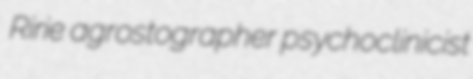
Ririe agrostographer psychoclinicist